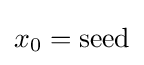
x_{0}={\text{seed}}